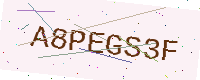
Text: A8PEGS3F